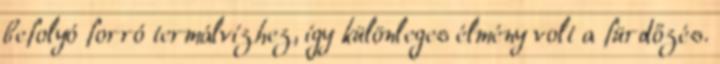
befolyó forró termálvízhez, így különleges élmény volt a fürdőzés.